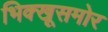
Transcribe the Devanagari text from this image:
भिक्खूसमोर